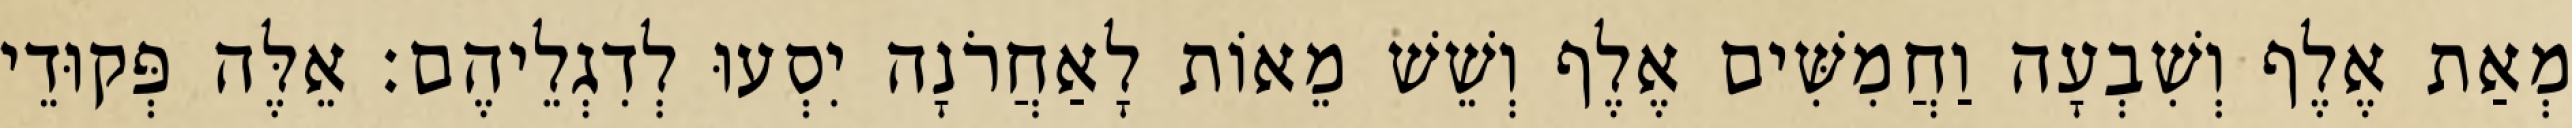
מְאַת אֶלֶף וְשִׁבְעָה וַחֲמִשִּׁים אֶלֶף וְשֵׁשׁ מֵאוֹת לָאַחֲרֹנָה יִסְעוּ לְדִגְלֵיהֶם׃ אֵלֶּה פְּקוּדֵי